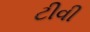
ટીવી